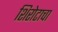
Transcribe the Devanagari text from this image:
शिरोटाचा